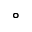
^ \circ